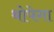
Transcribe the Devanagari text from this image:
थोपेगा